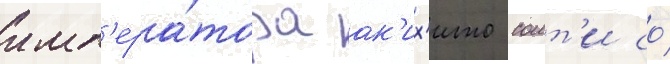
имп'ера́тора ак'их'ито соит'и со́